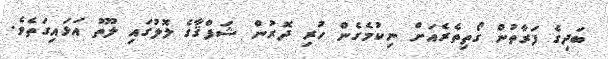
ބަދިގެ ފަރާތުން ގޯތިތެރެއަށް ނިކުމެގެން ހުރި ދޮރުން ޝަފްޤާގެ ލޮލުގައި ލޫތު އަޅައިގަތެވެ.